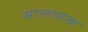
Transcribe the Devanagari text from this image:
सालामन्ज